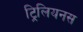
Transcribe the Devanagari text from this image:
ट्रिलियनस